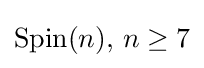
\operatorname {Spin} (n),\,n\geq 7